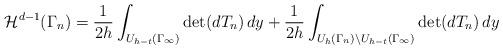
LaTeX: \begin{align*} \mathcal{H}^{d-1}(\Gamma_n) & = \frac{1}{2h}\int_{U_{h-t}(\Gamma_\infty)} \det(dT_n)\, dy + \frac{1}{2h}\int_{U_h(\Gamma_n) \setminus U_{h-t}(\Gamma_\infty)} \det(dT_n) \, dy\end{align*}